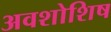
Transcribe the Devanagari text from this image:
अवशोशिष